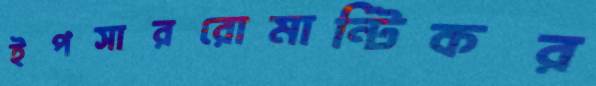
ইপসাররোমান্টিকর